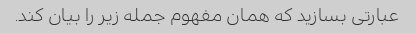
عبارتی بسازید که همان مفهوم جمله زیر را بیان کند.